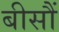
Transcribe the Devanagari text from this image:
बीसौं